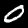
Label: 0